Insane asylums in Bengal annual reports 1867-1875 - 1867-1875
Year: 1867
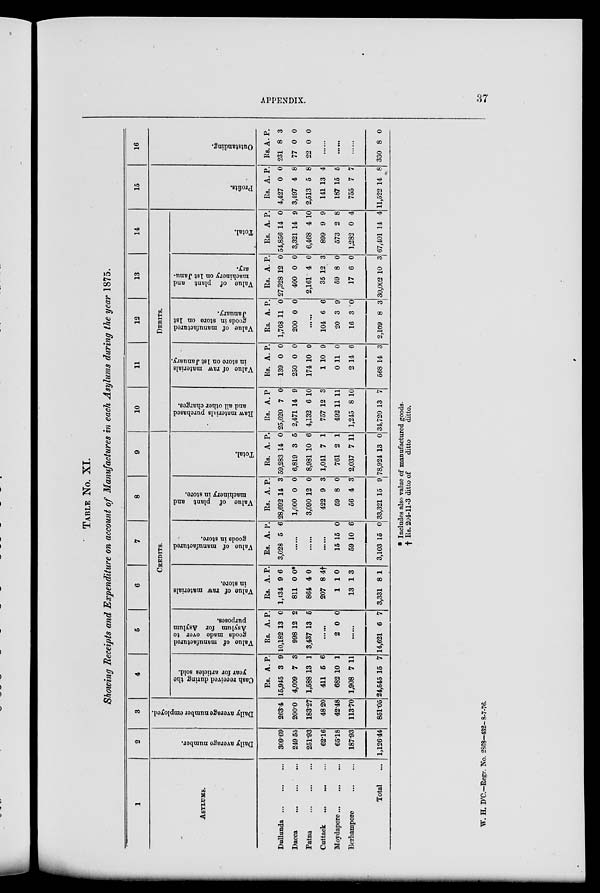
APPENDIX.
37
TABLE No. XI.
Showing Receipts and Expenditure on account of Manufactures in each Asylums during the year 1875.
1
ASYLUMS.
Dullunda
...
...
...
Dacca
...
...
...
Patna
...
...
...
Cuttack
...
...
...
Moydapore
...
...
...
Berhampore ... ...
Total ...
2
Daily average number.
309.69
249.55
251.93
62.16
65.18
187.93
1,126.44
3
Daily average number employed.
263.4
200.0
183.27
48.20
42.48
113.70
851.05
4
5
6
7
8
9
CREDITS.
Cash received during the
year for articles sold.
Rs.
15,945
4,009
1,588
411
682
1,908
24,545
A.
3
7
13
5
10
7
15
P.
9
3
1
6
1
11
7
Value of manufactured
goods made over to
Asylum for Asylum
purposes.
Rs.
10,182
998
3,437
A.
13
12
13
P.
0
2
5
......
2 0 0
......
14,621 6 7
Value of raw materials
in store.
Rs.
1,434
811
864
207
1
13
3,331
A.
9
0
4
8
1
1
8
P.
6
0*
0
4†
0
3
1
Value of manufactured
goods in store.
Rs.
3,028
A.
5
P.
6
......
......
......
15
59
3,103
15
10
15
0
6
0
Value of plant and
machinery in store.
Rs.
28,692
1,000
3,090
422
59
56
33,321
A.
14
0
12
9
8
4
15
P.
3
0
0
3
0
3
9
Total.
Rs.
59,283
6,819
8,981
1,041
761
2,037
78,924
A.
14
3
10
7
2
7
13
P.
0
5
6
1
1
11
0
10
11
12
13
14
DEBITS.
Raw materials purchased
and all other charges.
Rs.
25,620
2,471
4,132
757
492
1,245
34,720
A.
7
14
6
12
11
8
13
P
0
9
10
3
11
10
7
Value of raw materials
in store on 1st January.
Rs.
139
250
174
1
0
2
568
A.
0
0
10
10
11
14
14
P.
0
0
0
9
0
6
3
Value of manufactured
goods in store on 1st
January.
Rs.
1,768
200
A.
11
0
P.
0
0
......
104
20
16
2,109
6
3
3
8
6
9
0
3
Value of plant and
machinery on 1st Janu-
ary.
Rs.
27,328
400
2,161
35
59
17
30,002
A.
12
0
4
12
8
6
10
P.
0
0
0
3
0
0
3
Total.
Rs.
54,856
3,321
6,468
899
573
1,282
67,401
A.
14
14
4
9
2
0
14
P.
0
9
10
9
8
4
4
15
Profits.
Rs.
4,427
3,497
2,513
141
187
755
11,522
A.
0
4
5
13
15
7
14
P.
0
8
8
4
5
7
8
16
Outstanding.
Rs.
231
77
22
A.
8
0
0
P.
3
0
0
......
......
......
330 8 0
† Includes also value of manufactured goods.
Rs. 204-11-3 ditto of
ditto
ditto.
W. H. D'C.—Regr. No. 2868—432-8-7-76.